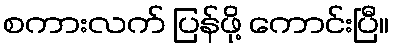
စကားလက် ပြန်ဖို့ ကောင်းပြီ။